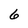
Character: 6